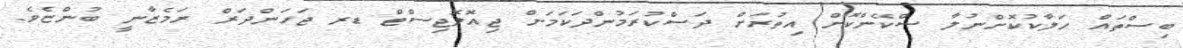
ބިސްތައް ހަލާކުކޮށްނުލާ ސްކޭންކޮށް އިތުރަށް ދަސްކުރަމުންދަކަމަށް ޖިއޮލޮޖިސްޓް ޑރ ޖަހަންދަރް ރަމެޒާނީ ބުންޏެވެ.